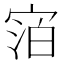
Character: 𪧓